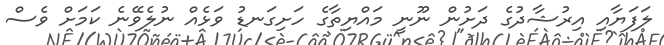
ލަފަޔާއި އިރުޝާދުގެ ދަށުން ނޫނީ މައްޔިތާގެ ހަށިގަނޑު ވަޅެއް ނުލެވޭނެ ކަމަށް ވެސް